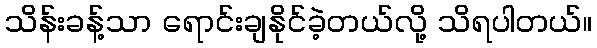
သိန်းခန့်သာ ရောင်းချနိုင်ခဲ့တယ်လို့ သိရပါတယ်။